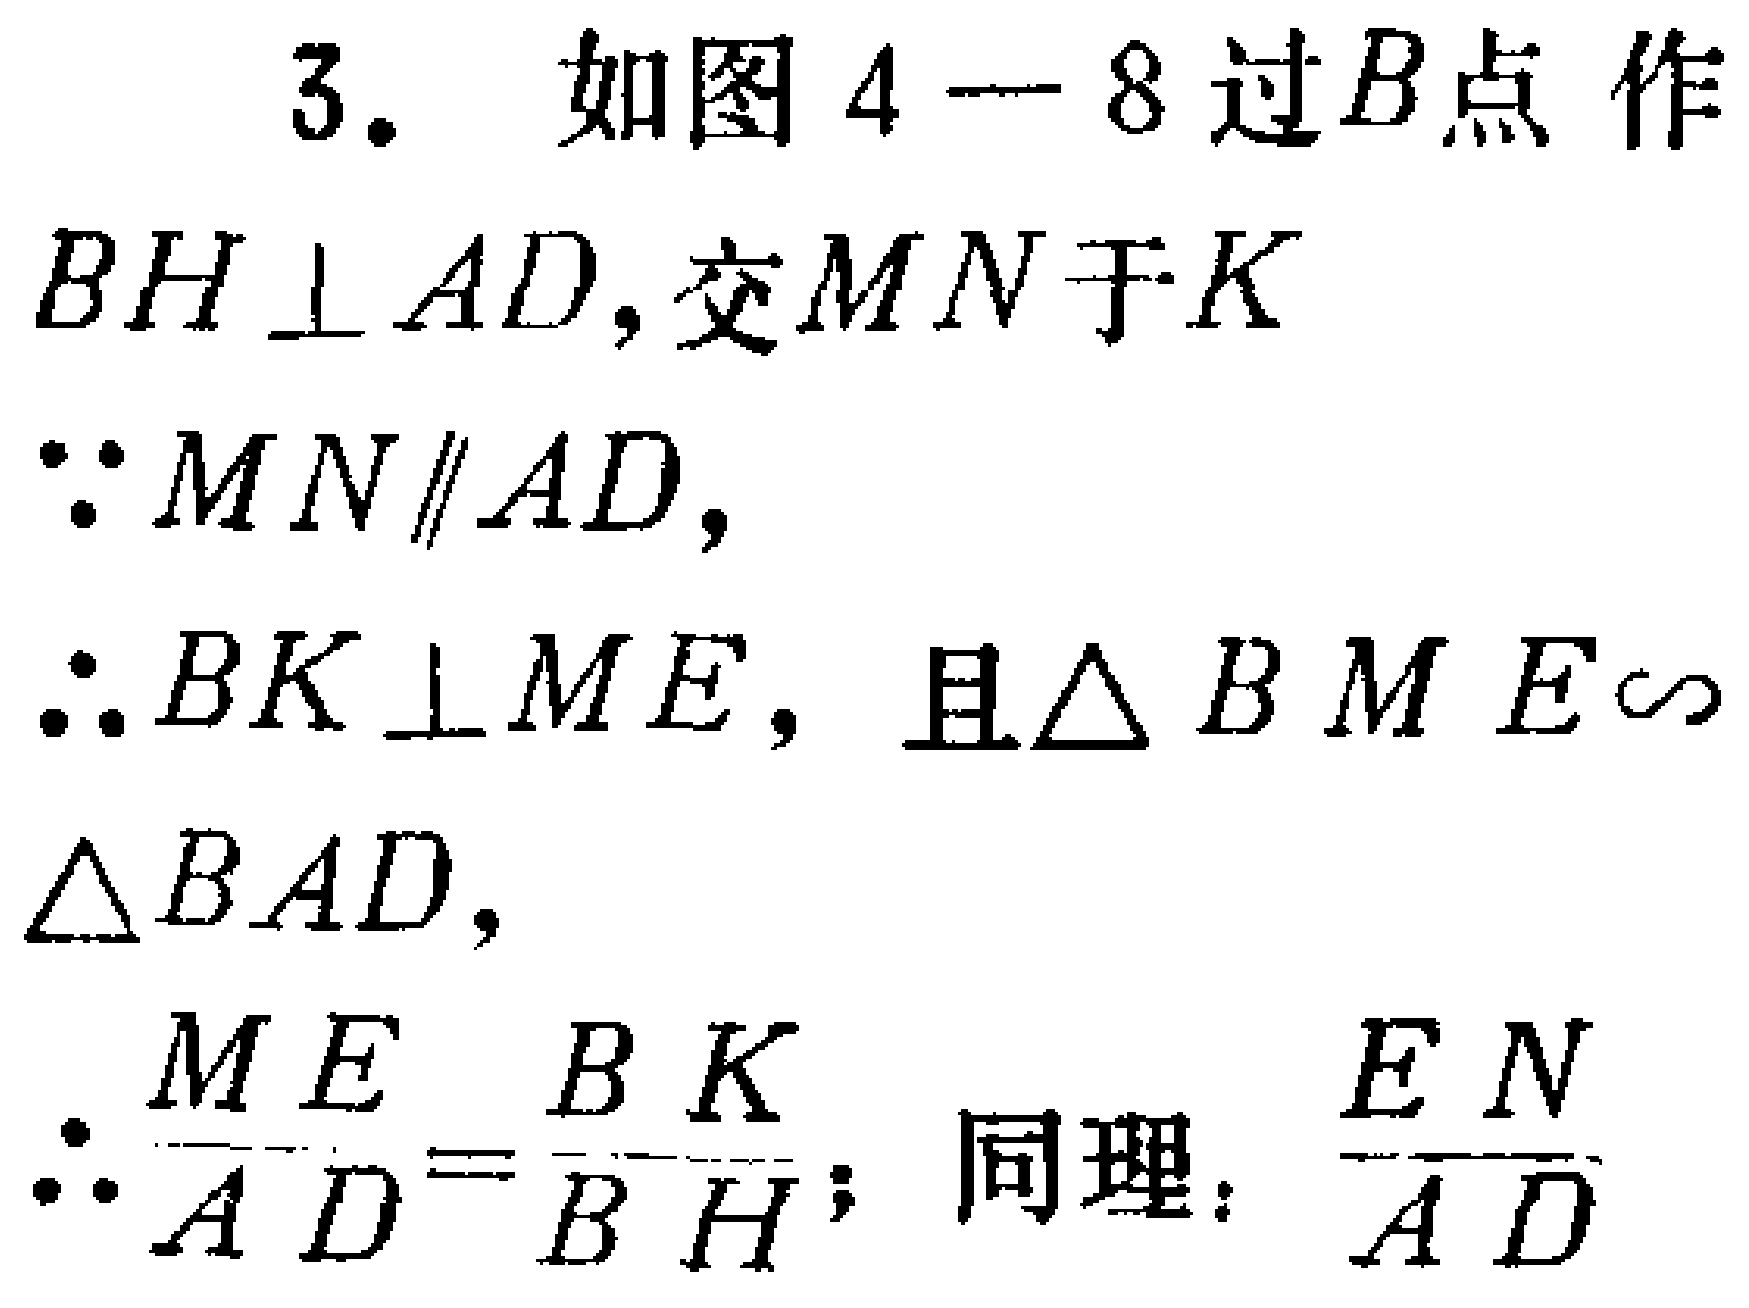
3. 如图4 - 8过\(B\)点作

\(BH\perp AD\)，交\(MN\)于\(K\)

\(\because MN\parallel AD\)，

\(\therefore BK\perp ME\)，且\(\triangle BME\sim\)

\(\triangle BAD\)，

\(\therefore \frac{ME}{AD}=\frac{BK}{BH}\)；同理：\(\frac{EN}{AD}\)